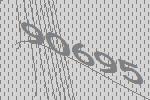
90695